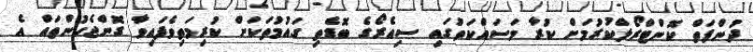
ދުންފަތް ކޮންޓްރޯލްކުރުމަށް ކުރާ މަސައްކަތުގައި ސިއެރޯގެ ބޮޑެތި ގައުމުތަކަށް ކުރިމަތިވެފައިވާ ގޮންޖެހުންތައް އެ